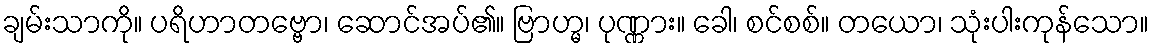
ချမ်းသာကို။ ပရိဟာတဗ္ဗော၊ ဆောင်အပ်၏။ ဗြာဟ္မ၊ ပုဏ္ဏား။ ခေါ၊ စင်စစ်။ တယော၊ သုံးပါးကုန်သော။